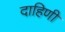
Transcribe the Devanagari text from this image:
दाहिणी